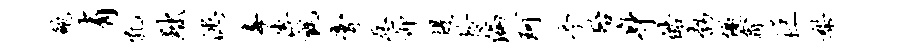
鲍有孔黜漶毒传毡膏恶仰堤拎偏珂亭殆身皓勃优翕巨梨